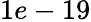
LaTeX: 1e-19